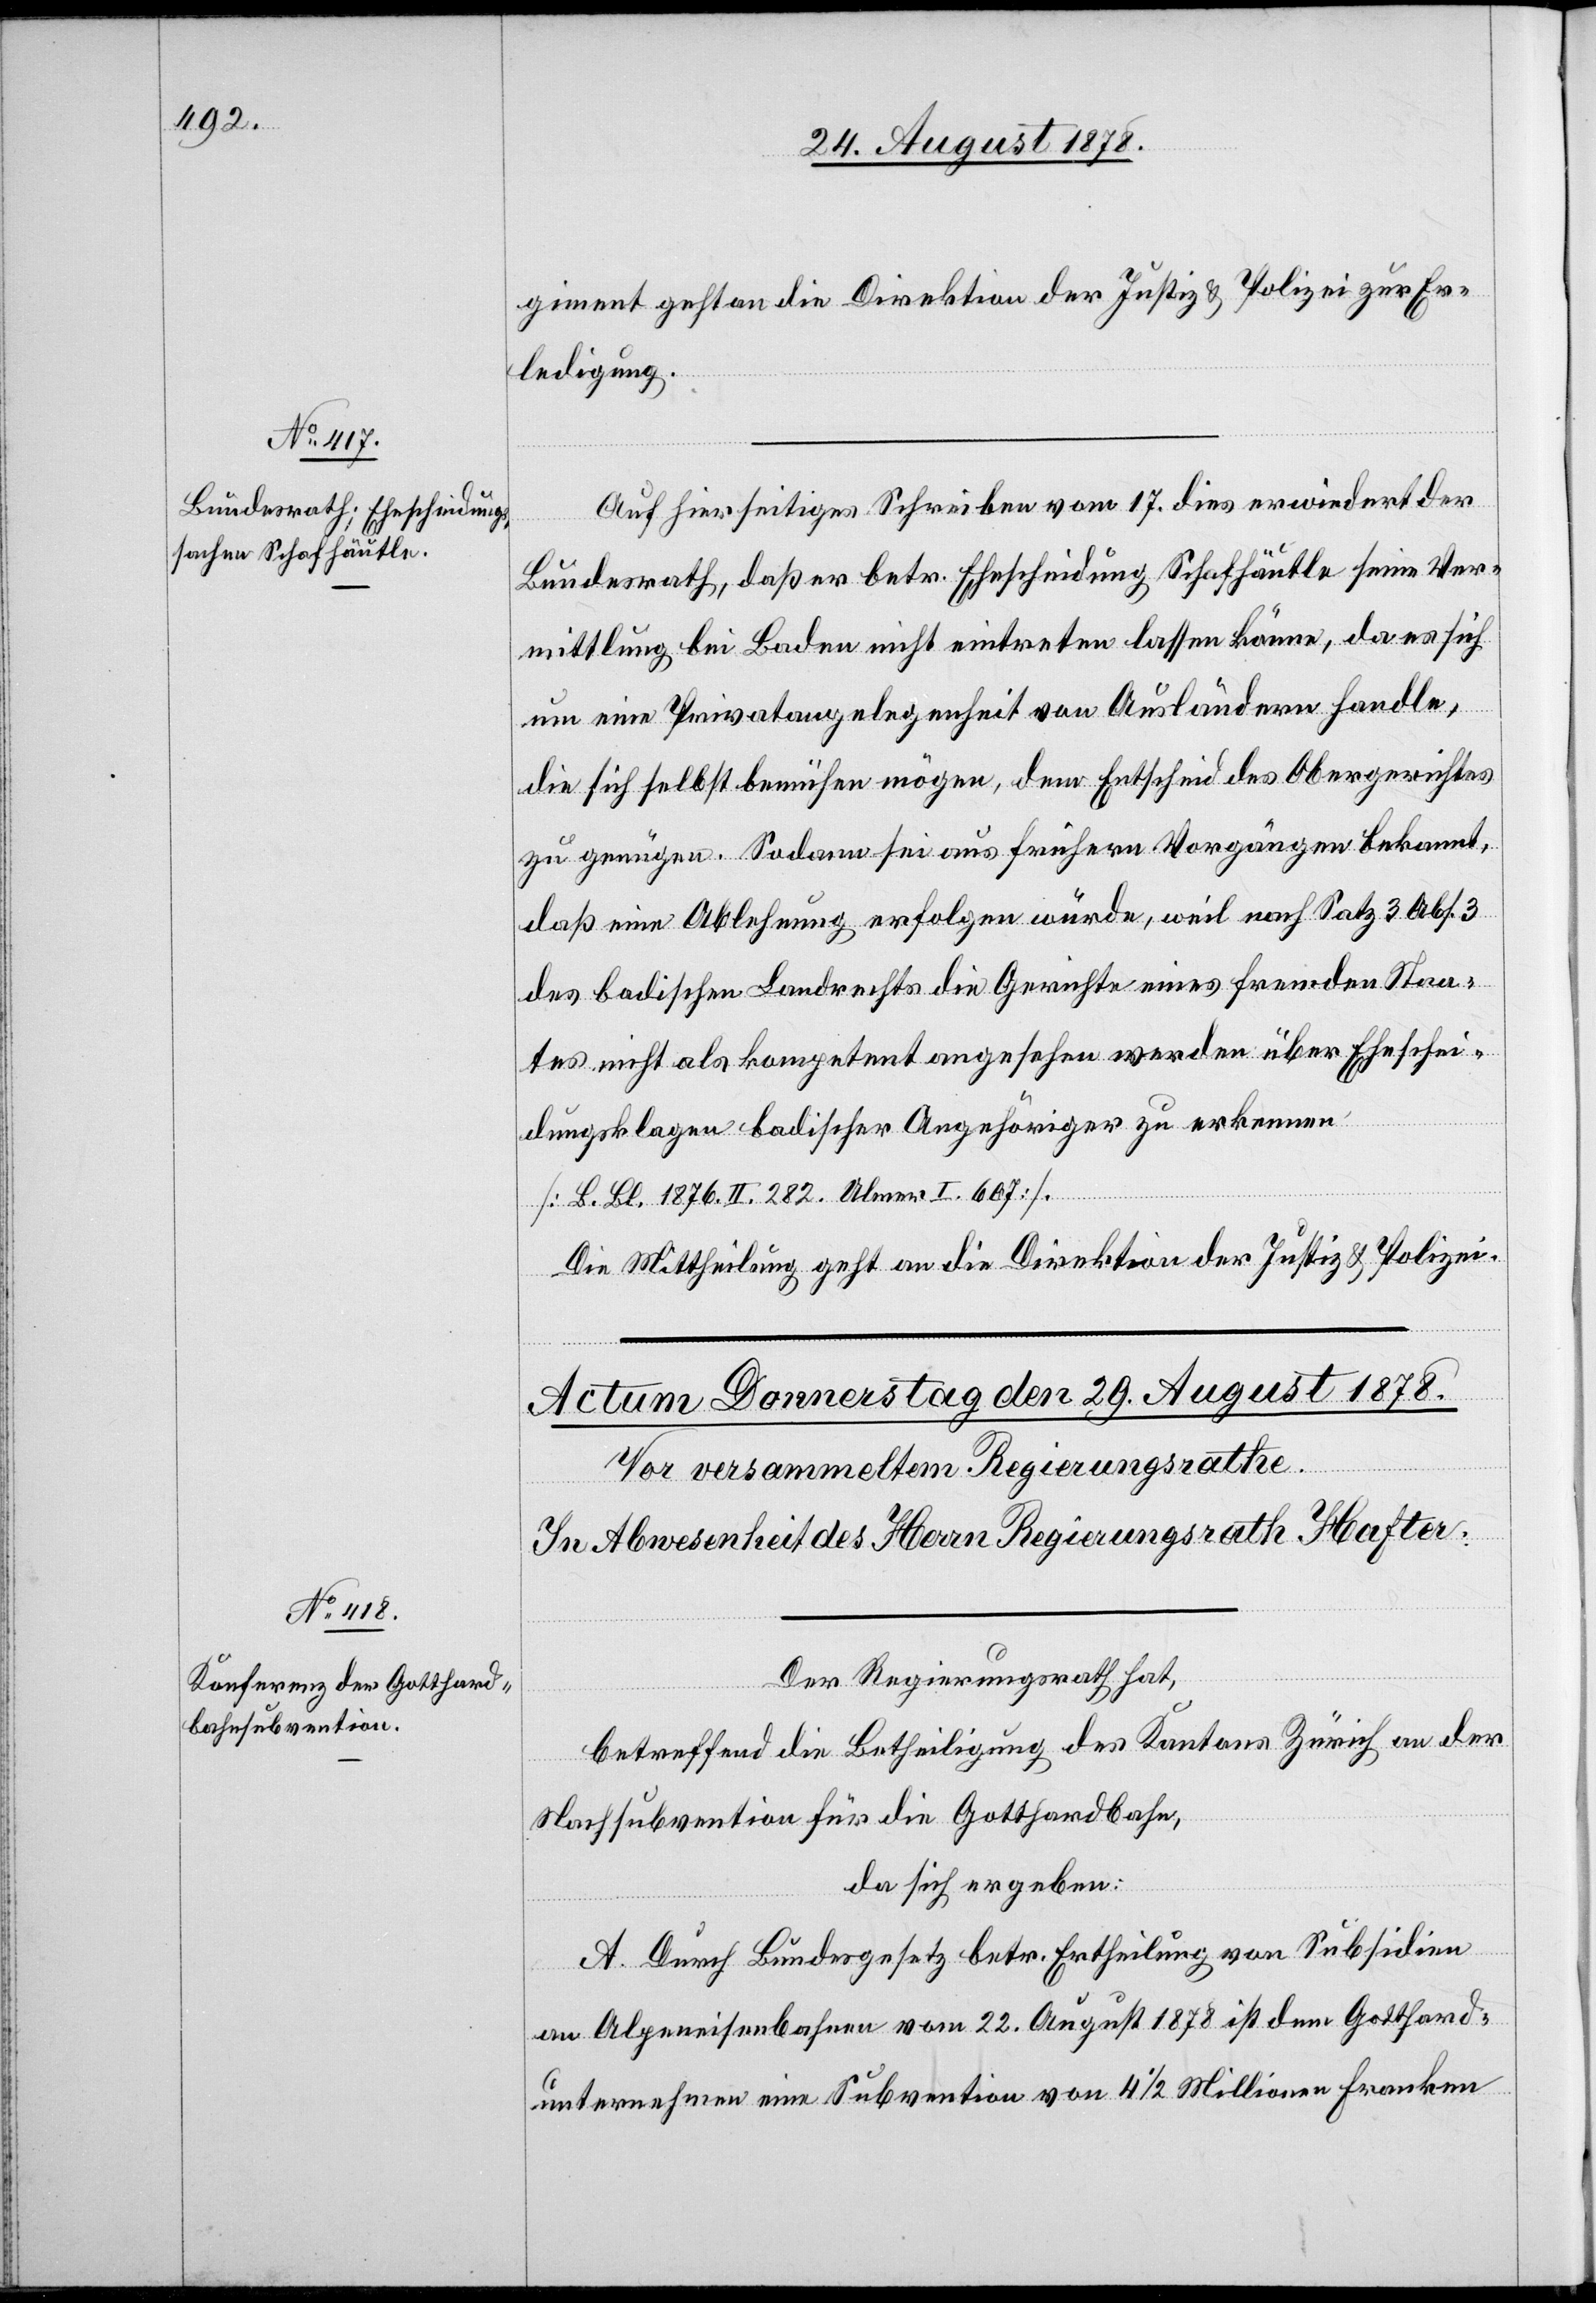
27. August 1878.]
giment geht an die Direktion der Justiz & Polizei zur Er¬
ledigung.
Auf hierseitiges Schreiben vom 17. dies erwiedert der
Bundesrath, daß er betr. Ehescheidung Schafhäutle seine Ver¬
mittlung bei Baden nicht eintreten lassen könne, da es sich
um eine Privatangelegenheit von Ausländern handle,
die sich selbst bemühen mögen, dem Entscheid des Obergerichtes
zu genügen. Sodann sei aus frühern Vorgängen bekannt,
daß eine Ablehnung erfolgen würde, weil nach Satz 3 Abs. 3
des badischen Landrechts die Gerichte eines fremden Staa¬
tes nicht als kompetent angesehen werden über Eheschei¬
dungsklagen badischer Angehörigen zu erkennen.
[B. Bl. 1876. II. 282 Ulmer I. 607.]
Die Mittheilung geht an die Direktion der Justiz & Polizei.
Der Regierungsrath hat,
betreffend die Betheiligung des Kantons Zürich an der
Nachsubvention für die Gotthardbahn,
da sich ergeben:
A. Durch Bundesgesetz betr. Ertheilung von Subsidien
an Alpeneisenbahnen vom 22. August 1878 ist dem Gotthard¬
unternehmen eine Subvention von 4 1/2 Millionen Franken